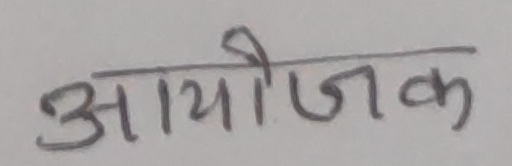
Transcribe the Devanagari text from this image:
आयोजक